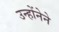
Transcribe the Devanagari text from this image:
उन्होंनेने